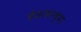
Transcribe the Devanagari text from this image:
देशावरच्या